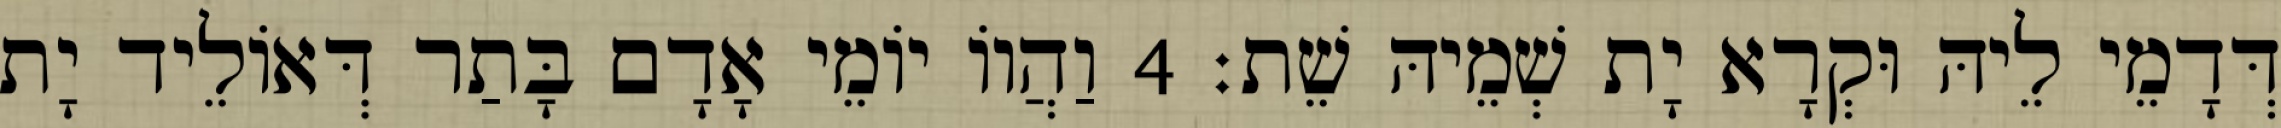
דְּדָמֵי לֵיהּ וּקְרָא יָת שְׁמֵיהּ שֵׁת׃ 4 וַהֲווֹ יוֹמֵי אָדָם בָּתַר דְּאוֹלֵיד יָת